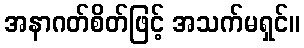
အနာဂတ်စိတ်ဖြင့် အသက်မရှင်။